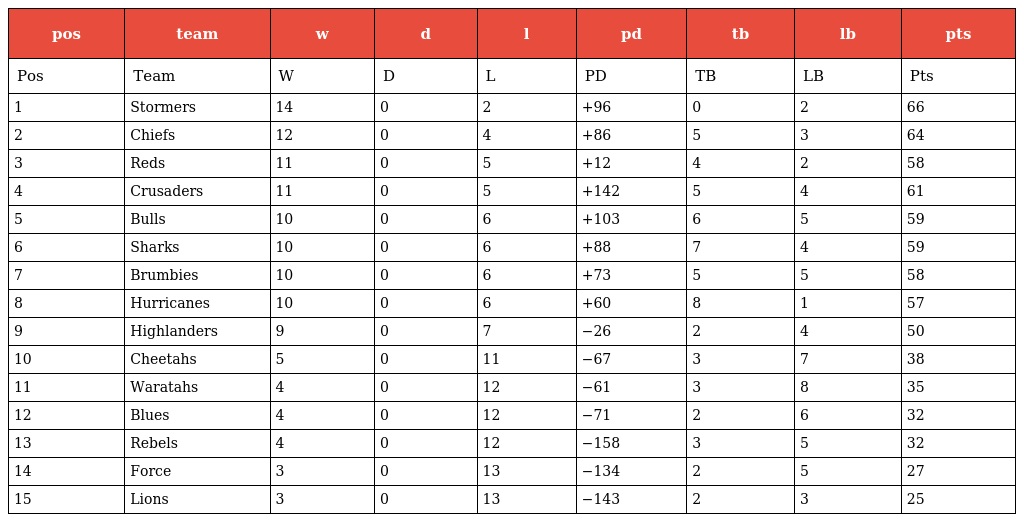
| pos | team | w | d | l | pd | tb | lb | pts |
 | --- | --- | --- | --- | --- | --- | --- | --- | --- |
 | Pos | Team | W | D | L | PD | TB | LB | Pts |
 | 1 | Stormers | 14 | 0 | 2 | +96 | 0 | 2 | 66 |
 | 2 | Chiefs | 12 | 0 | 4 | +86 | 5 | 3 | 64 |
 | 3 | Reds | 11 | 0 | 5 | +12 | 4 | 2 | 58 |
 | 4 | Crusaders | 11 | 0 | 5 | +142 | 5 | 4 | 61 |
 | 5 | Bulls | 10 | 0 | 6 | +103 | 6 | 5 | 59 |
 | 6 | Sharks | 10 | 0 | 6 | +88 | 7 | 4 | 59 |
 | 7 | Brumbies | 10 | 0 | 6 | +73 | 5 | 5 | 58 |
 | 8 | Hurricanes | 10 | 0 | 6 | +60 | 8 | 1 | 57 |
 | 9 | Highlanders | 9 | 0 | 7 | −26 | 2 | 4 | 50 |
 | 10 | Cheetahs | 5 | 0 | 11 | −67 | 3 | 7 | 38 |
 | 11 | Waratahs | 4 | 0 | 12 | −61 | 3 | 8 | 35 |
 | 12 | Blues | 4 | 0 | 12 | −71 | 2 | 6 | 32 |
 | 13 | Rebels | 4 | 0 | 12 | −158 | 3 | 5 | 32 |
 | 14 | Force | 3 | 0 | 13 | −134 | 2 | 5 | 27 |
 | 15 | Lions | 3 | 0 | 13 | −143 | 2 | 3 | 25 |